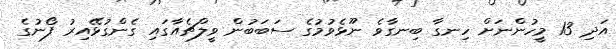
އަދި 13 މީހުންނަށް ހިނގާ ބިނގާވެ ނޫޅެވުމުގެ ސަބަބުން ވީލްޗެއާގައި ގެންގުޅޭއިރު ފޯނުގެ